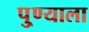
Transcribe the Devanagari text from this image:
पु्ण्याला